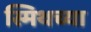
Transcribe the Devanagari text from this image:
स्मिथच्या